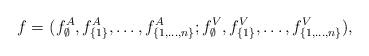
LaTeX: \begin{align*}\begin{aligned}f= \ & (f^{A}_{\emptyset},f^{A}_{\{1\}},\dots,f^{A}_{\{1,\dots,n\}};f^{V}_{\emptyset},f^{V}_{\{1\}},\dots,f^{V}_{\{1,\dots,n\}}),\end{aligned}\end{align*}